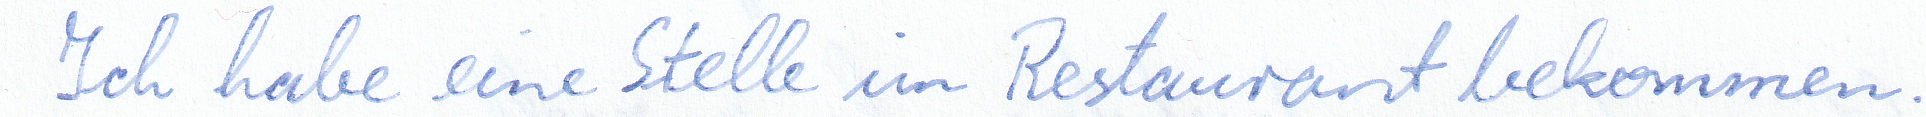
Ich habe einen Stelle im Restaurant bekommen.